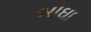
બોઘા